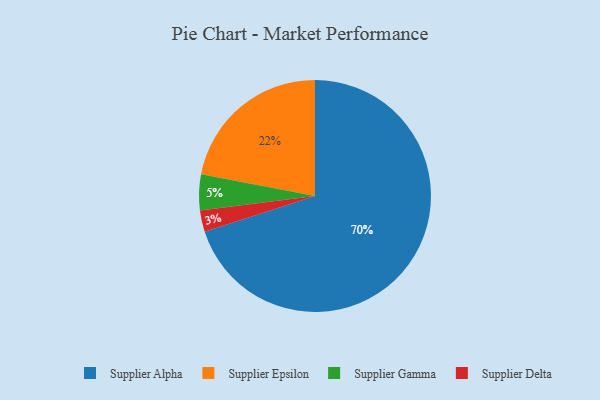
{"axis": {"x": "Category", "y": "Percentage"}, "legend": ["Supplier Alpha", "Supplier Delta", "Supplier Epsilon", "Supplier Gamma"], "data": [{"x": "Supplier Alpha", "y": 70, "type": "Supplier Alpha"}, {"x": "Supplier Epsilon", "y": 22, "type": "Supplier Epsilon"}, {"x": "Supplier Gamma", "y": 5, "type": "Supplier Gamma"}, {"x": "Supplier Delta", "y": 3, "type": "Supplier Delta"}]}